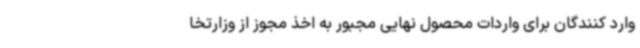
وارد کنندگان برای واردات محصول نهایی مجبور به اخذ مجوز از وزارتخا